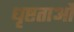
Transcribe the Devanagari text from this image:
धृष्टताओं